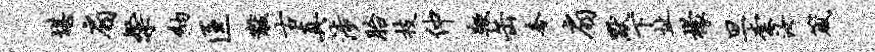
堪扇粲纳匡黻古真涉胎技仲鞭缶奢扇默下址檬旦柰汝箴